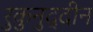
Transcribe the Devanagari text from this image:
रुकुनुद्दीन